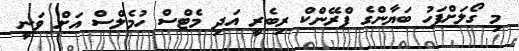
މި ގޯލަށްފަހު ބަޔާންގެ ފްރޭންކް ރިބެރީ އަދި މެޓްސް ހުމެލްސް އަށް ވަނީ